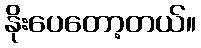
နိုးပေတော့တယ်။